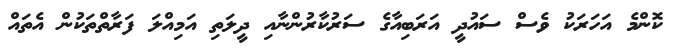
ކޮންމެ އަހަރަކު ވެސް ސައުދީ އަރަބިއާގެ ސަރުކާރުންނާއި ދީލަތި އަމިއްލަ ފަރާތްތަކުން އެތައް